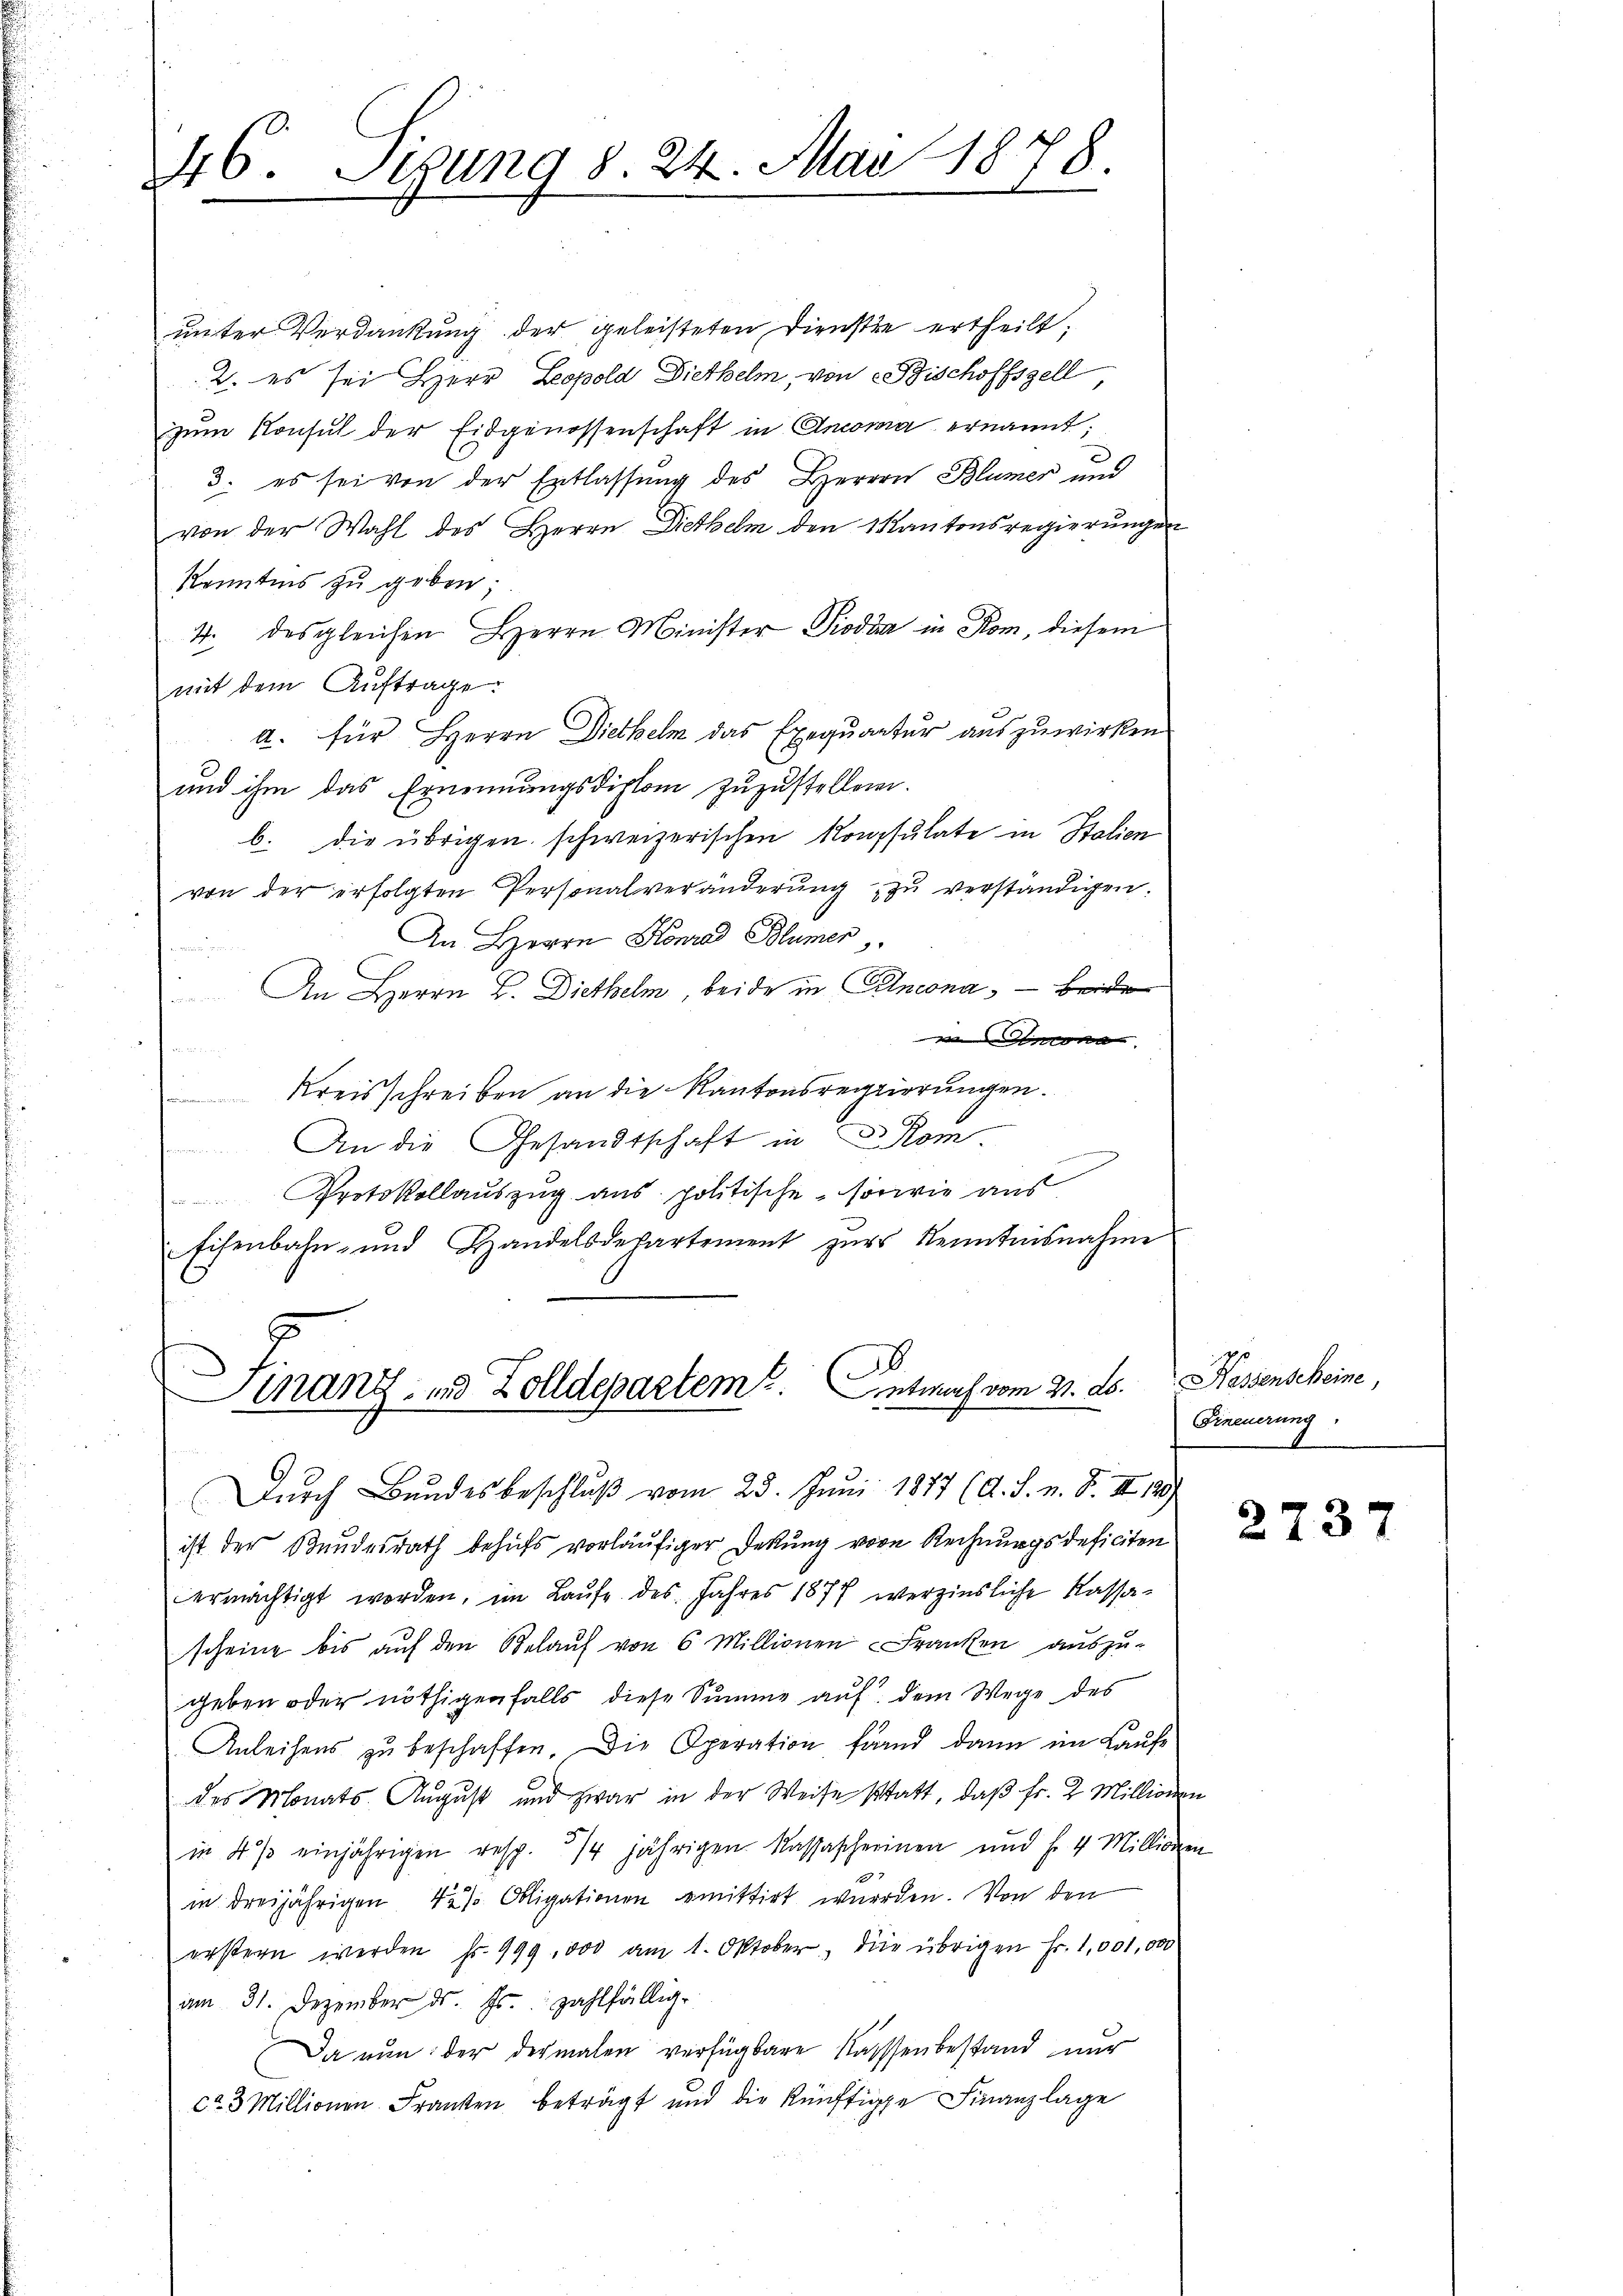
46. Segung d. 24. Mai 1878.
.

unter Verdankung der geleisteten Dienste ertheilt;
2. es sei Herr Leopold Diethelm, von Fischoffszell
zum Konsul der Eidgenossenschaft in Anoma ernannt;
3. es sei von der Entlassung des Herren Blümer und
von der Wahl des Herrn Diethelm den Kantonsregierungen
kenntens zu geben;
4. des gleichen Herrn Minister Pioda in Rom, diesem
mit dem Auftrage:
a. für Herrn Diethelm das Exequantur auszuwirken
und ihm das Ernennungsdiplom zuzustellen.
b. die übrigen schweizerischen Konsulate in Stalien
von der erfolgten Personalveränderŭng zu verständigen.
An Herrn Konrad Blümer
An Herrn B. Diethelm beide in Cincona, — beide
ncora
Kreisschreiben an die Kantonsregierungen.
An die Gesandtschaft in Kom
n
Protokollauszug aus politische, sowie aus
Eisenbahn- und Handelsdepartement zŭr Kenntnisnahme
Finanz- und Zolldepartem Entwurf vom 21. ds.
Durch Bundesbeschluß vom 23. Juni 1877 (d. h. n. F. II 129)
ist der Bundesrath behufs vorläufiger Deckung vore Rechnungsdeficiten
ermächtigt worden, im Laŭfe des Jahres 1877 verzinsliche Kassascheine bis auf den Gelauf von 6 Millionen Franken auszu-
geben oder nöthigenfalls diese Summe auf dem Wege des
Anleihens zŭ beschaffen. Die Operation frand dann im Laŭfe
des Monats-August und zwar in der Weise statt, daβ fr. 2 Millione
in 4 % einjährigen resp. 3/4 jährigen Kassascherinen und f. 4 Millione
in dreijährigen 4 % Obligationen emittirt wurden. Von den
erstern werden fr. 999,000 am 1. Oktober, die übrigen Fr. 1,001,000
am 31. Dezember d. Js. zahlfällige
Da nun der dermalen verfügbare Kasssenbestand nur
ca 3 Millionen Franken beträgt und die künftige Finanzlage

Hassenscheine,
Erneuerung

2737